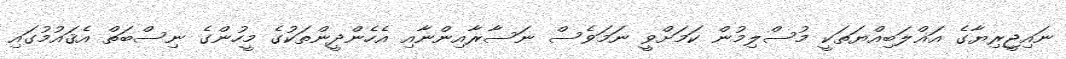
ނައިޖީރިޔާގެ އަޣްލަބިއްޔަތަކީ މުސްލިމުން ކަމަށްވީ ނަމަވެސް ނަސާރާއިންނާއި އެހެންދީންތަކުގެ މީހުންގެ ނިސްބަތް އެޤައުމުގައި